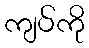
ကျပ်ကို